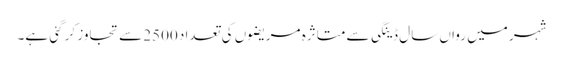
شہر میں رواں سال ڈینگی سے متاثرہ مریضوں کی تعداد 2500 سے تجاوز کر گئی ہے۔